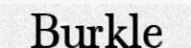
Burkle